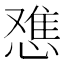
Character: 𫺷